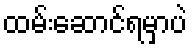
ထမ်းဆောင်ရမှာပဲ